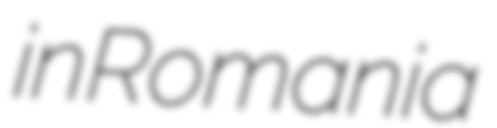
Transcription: in Romania